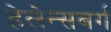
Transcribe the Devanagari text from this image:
हेलेन्सबर्ग